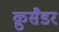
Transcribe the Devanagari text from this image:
क्रुसैडर